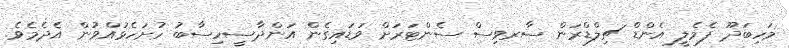
މަހިބަދޫ ފެމެލީ އެންޑް ޗިލްޑްރަން ސާރވިސް ސެންޓަރަށް ވަޑައިގެން އަންދާސީހިސާބު ހުށަހެޅުއްވުން އެދެމެވެ.